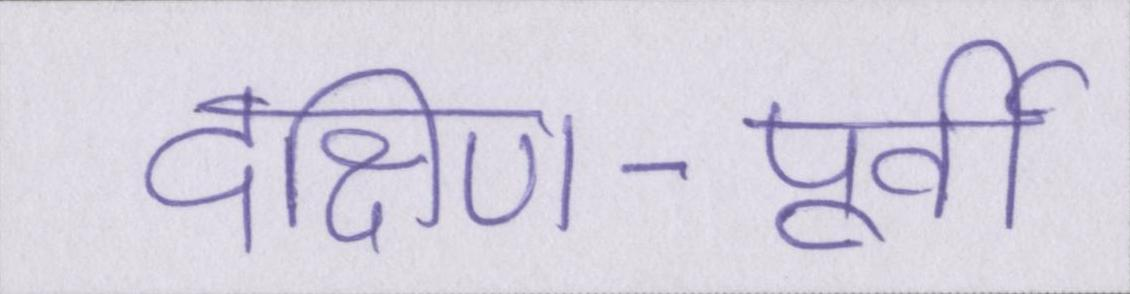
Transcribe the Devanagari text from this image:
दक्षिण-पूर्वी